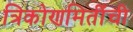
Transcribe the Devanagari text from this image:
त्रिकोणमितींची